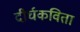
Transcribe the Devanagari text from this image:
दीर्घकविता